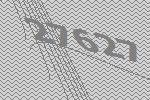
27627